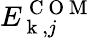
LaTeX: E_{\mathrm{~k~},j}^{\mathrm{~C~O~M~}}